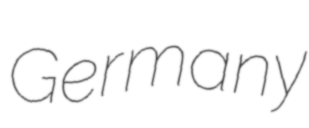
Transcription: Germany